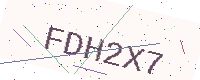
Text: FDH2X7